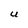
Character: U